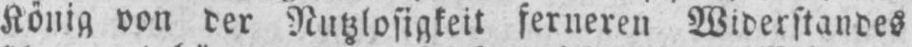
König von der Nutzlosigkeit ferneren Widerstandes